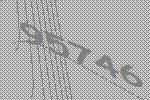
95746